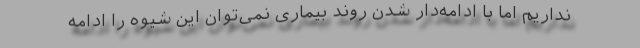
نداریم اما با ادامه‌دار شدن روند بیماری نمی‌توان این شیوه را ادامه